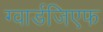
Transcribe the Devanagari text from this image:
ग्वार्डजिएफ